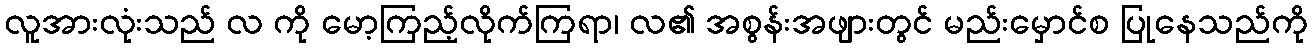
လူအားလုံးသည် လ ကို မော့ကြည့်လိုက်ကြရာ၊ လ၏ အစွန်းအဖျားတွင် မည်းမှောင်စ ပြုနေသည်ကို